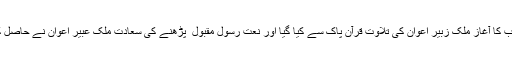
تقریب کا آغاز ملک زبیر اعوان کی تلاوت قرآن پاک سے کیا گیا اور نعت رسول مقبول ۖ پڑھنے کی سعادت ملک عبیر اعوان نے حاصل کی ۔